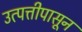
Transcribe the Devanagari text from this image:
उत्पत्तीपासून